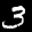
Label: 3